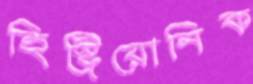
হিস্ট্রিয়োনিক